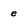
Character: e